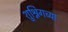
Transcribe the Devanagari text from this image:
शुश्निगच्या